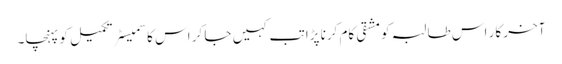
آخر کار اس طالبہ کو مشقی کام کرنا پڑا تب کہیں جا کر اس کا سمیسٹر تکمیل کو پہنچا۔